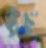
অর